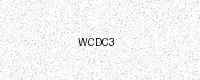
Text: WCDC3